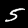
Digit: 5